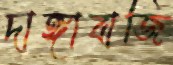
দাঙ্গাবাজি